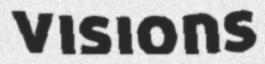
visions